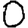
Digit: 0